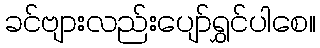
ခင်ဗျားလည်းပျော်ရွှင်ပါစေ။